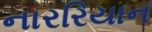
નારરિયાન